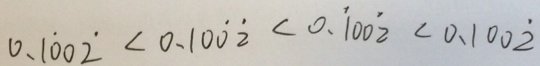
0 . 1 \dot { 0 } 0 \dot { 2 } < 0 . 1 0 \dot { 0 } \dot { 2 } < 0 . \dot { 1 } 0 0 \dot { 2 } < 0 . 1 0 0 \dot { 2 }